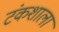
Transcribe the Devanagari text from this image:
टंकशाला